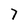
Character: 7